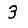
Digit: 3